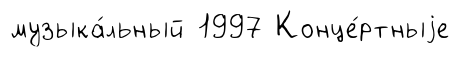
музыка́льный 1997 Конце́ртныjе